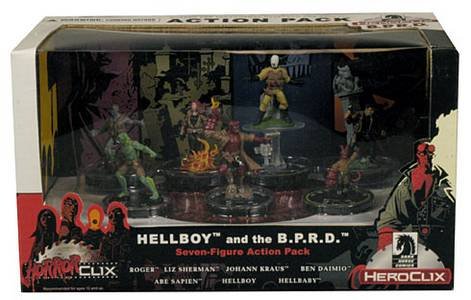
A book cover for Dark Horse Heroclix, Hellboy and the B.P.R.D. Action Pack; Science Fiction & Fantasy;